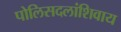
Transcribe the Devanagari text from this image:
पोलिसदलांशिवाय